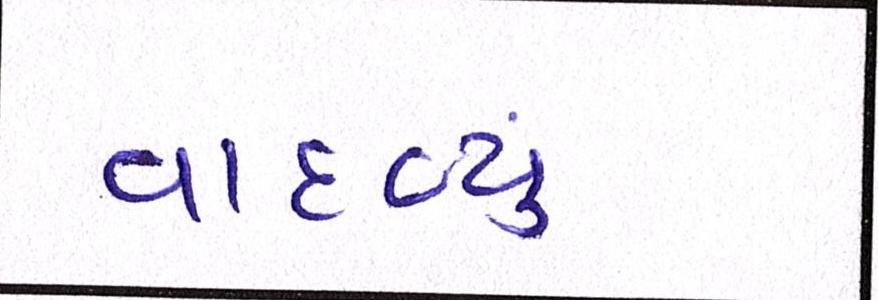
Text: વાદળ્યું